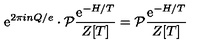
\mathrm { e } ^ { 2 \pi i n Q / e } \cdot { \cal P } \frac { \mathrm { e } ^ { - H / T } } { Z [ T ] } = { \cal P } \frac { \mathrm { e } ^ { - H / T } } { Z [ T ] }